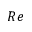
R e